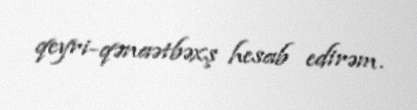
qeyri-qənaətbəxş hesab edirəm.